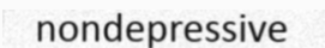
nondepressive